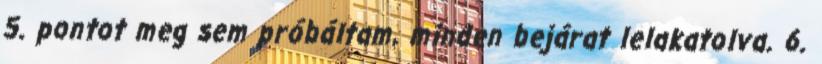
5. pontot meg sem próbáltam, minden bejárat lelakatolva. 6.